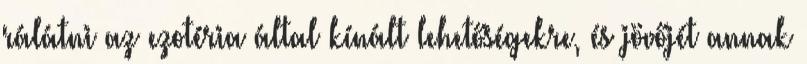
rálátni az ezotéria által kínált lehetőségekre, és jövőjét annak